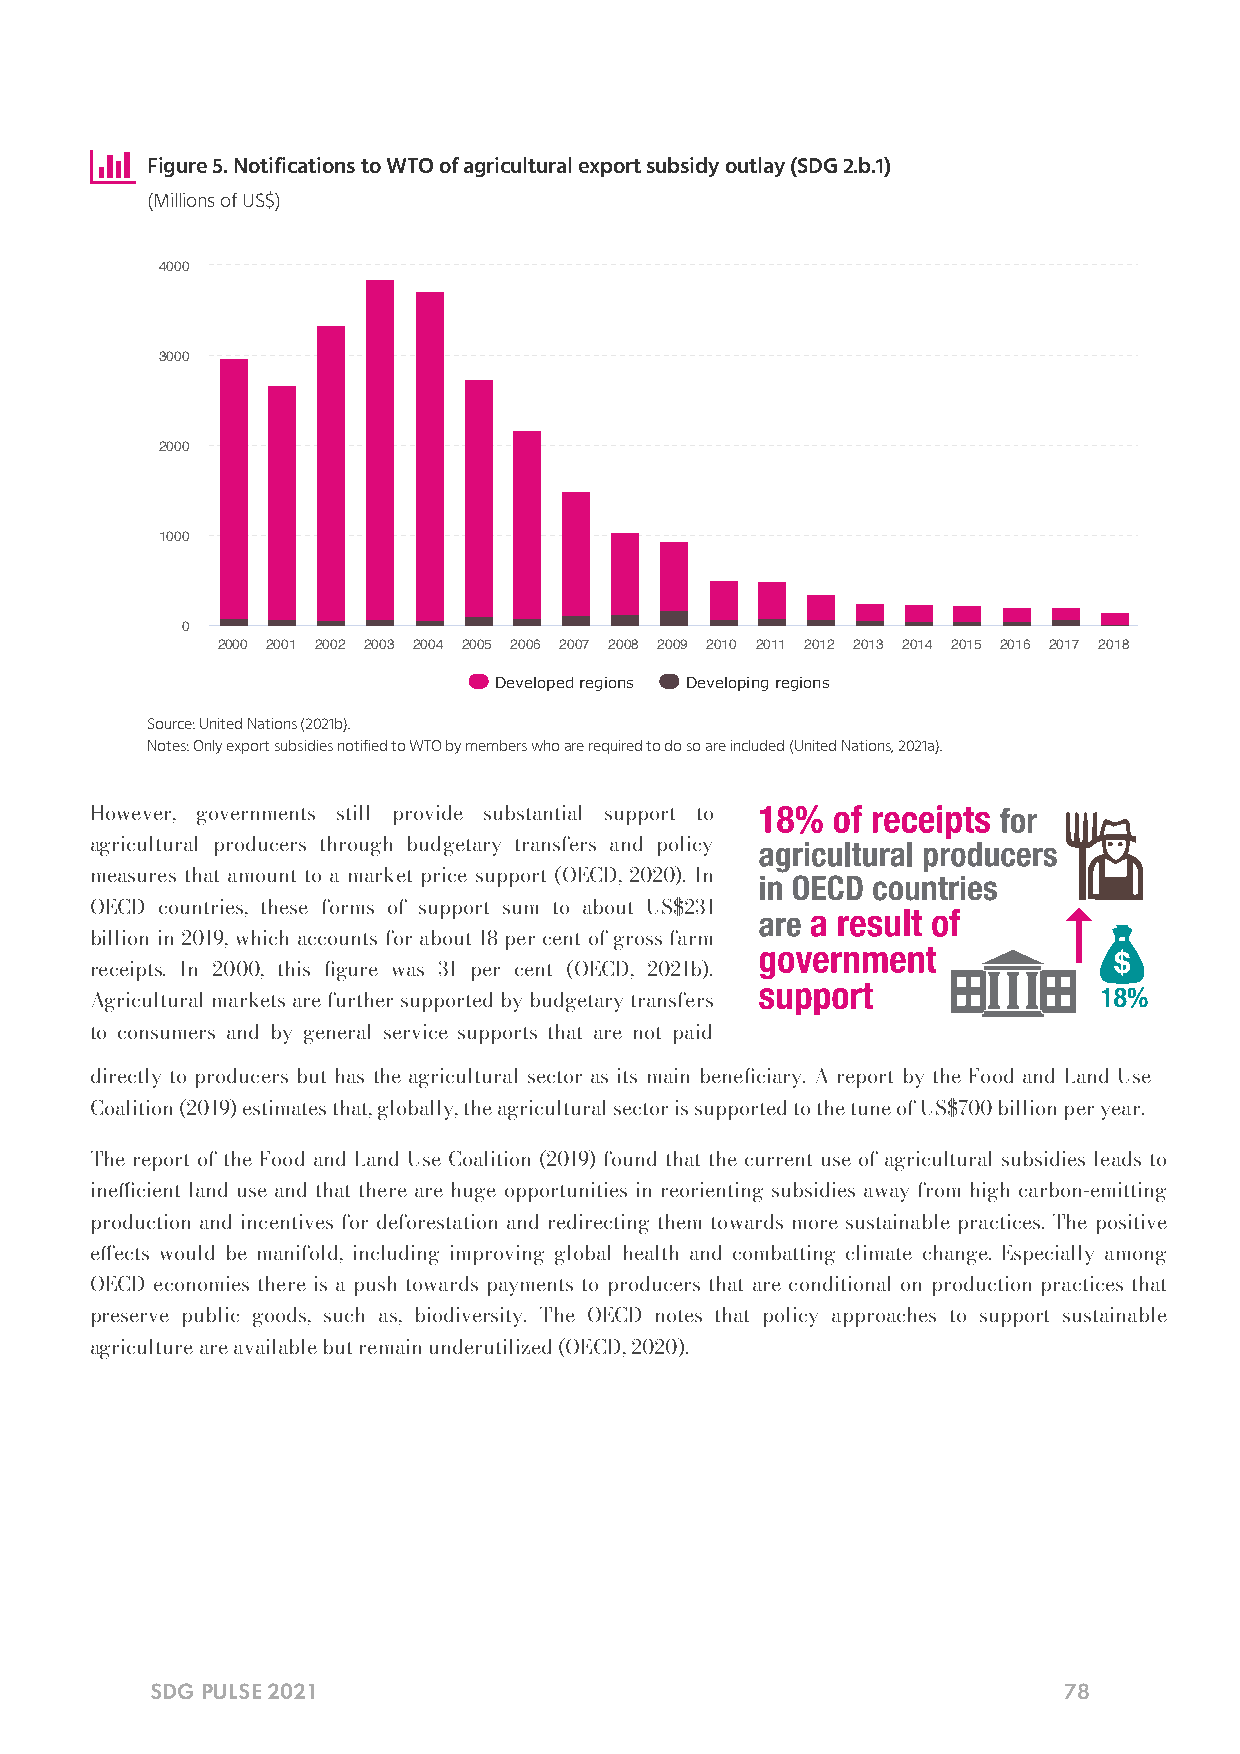

 Figure 5. Notifications to WTO of agricultural export subsidy outlay (SDG 2.b.1)
 (Millions of US$)
 4000
 3000
 2000
 1000
 0
 2000 2001 2002 2003 2004 2005 2006 2007 2008 2009 2010 2011 2012 2013 2014 2015 2016 2017 2018
 Developed regions Developing regions
 Source: United Nations (2021b).
 Notes: Only export subsidies notified to WTO by members who are required to do so are included (United Nations, 2021a).
 However, governments still provide substantial support to
 agricultural producers through budgetary transfers and policy
 measures that amount to a market price support (OECD, 2020). In
 OECD countries, these forms of support sum to about US$231
 billion in 2019, which accounts for about 18 per cent of gross farm
 receipts. In 2000, this gure was 31 per cent (OECD, 2021b).
 Agricultural markets are further supported by budgetary transfers
 to consumers and by general service supports that are not paid
 directly to producers but has the agricultural sector as its main beneciary. A report by the Food and Land Use
 Coalition (2019) estimates that, globally, the agricultural sector is supported to the tune of US$700 billion per year.
 The report of the Food and Land Use Coalition (2019) found that the current use of agricultural subsidies leads to
 inecient land use and that there are huge opportunities in reorienting subsidies away from high carbon-emitting
 production and incentives for deforestation and redirecting them towards more sustainable practices. The positive
 eects would be manifold, including improving global health and combatting climate change. Especially among
 OECD economies there is a push towards payments to producers that are conditional on production practices that
 preserve public goods, such as, biodiversity. The OECD notes that policy approaches to support sustainable
 agriculture are available but remain underutilized (OECD, 2020).
 SDG PULSE 2021                                              78